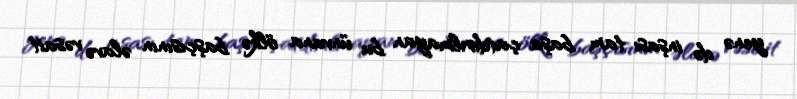
yenə də inşası tam başa çatdırılmayan bu ünvana ölkə başçısının əlavə vəsait